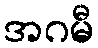
အဂမီ